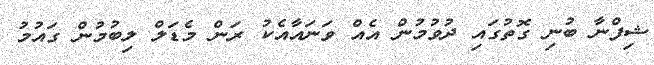
ޝިފްނާ ބުނި ގޮތުގައި ދުވުމުން އެއް ވަނައާއެކު ރަން މެޑަލް ލިބުމުން ގައުމު